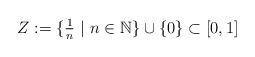
LaTeX: \begin{align*}Z:=\{\textstyle{\frac{1}{n}}\ |\ n\in \mathbb{N}\}\cup \{0\}\subset [0,1]\end{align*}